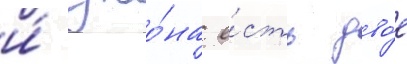
и́ джо́на е́сть дво́е